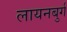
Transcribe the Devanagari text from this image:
लायनबुर्ग